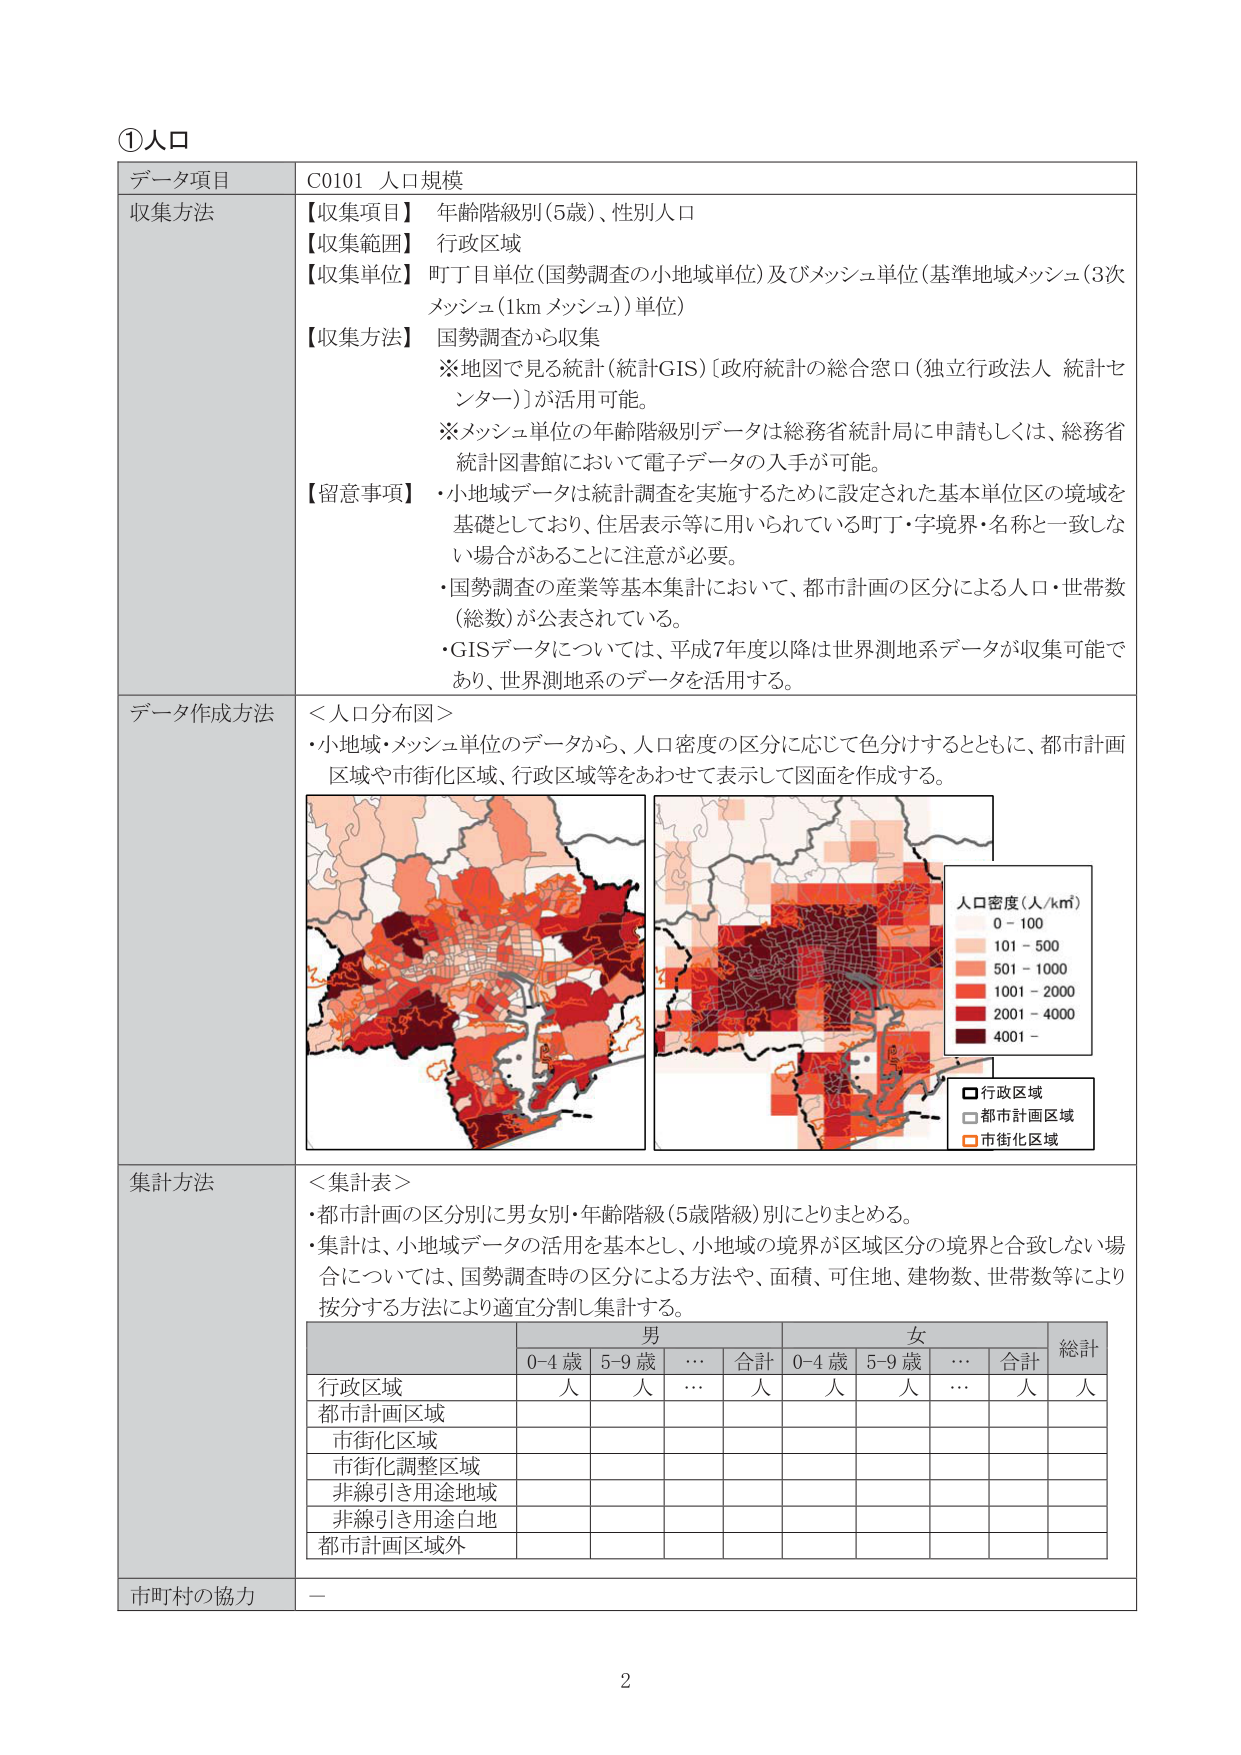
①人口
データ項目　C0101 人口規模
収集方法
【収集項目】 年齢階級別（5歳）、性別人口
【収集範囲】 行政区域
【収集単位】 町丁目単位（国勢調査の小地域単位）及びメッシュ単位（基準地域メッシュ（3次メッシュ（1km メッシュ））単位）
【収集方法】 国勢調査から収集
※地図で見る統計（統計GIS）〔政府統計の総合窓口（独立行政法人 統計センター）〕が活用可能。
※メッシュ単位の年齢階級別データは総務省統計局に申請もしくは、総務省統計図書館において電子データの入手が可能。
【留意事項】
・小地域データは統計調査を実施するために設定された基本単位区の境界を基礎としており、住居表示等に用いられている町丁・字境界・名称と一致しない場合があることに注意が必要。
・国勢調査の産業等基本集計において、都市計画の区分による人口・世帯数（総数）が公表されている。
・GISデータについては、平成7年度以降は世界測地系データが収集可能であり、世界測地系のデータを活用する。

データ作成方法
＜人口分布図＞
・小地域・メッシュ単位のデータから、人口密度の区分に応じて色分けするとともに、都市計画区域や市街化区域、行政区域等をあわせて表示して図面を作成する。

人口密度（人/km²）
0 - 100
101 - 500
501 - 1000
1001 - 2000
2001 - 4000
4001 -

□ 行政区域
□ 都市計画区域
□ 市街化区域

集計方法
＜集計表＞
・都市計画の区分別に男女別・年齢階級（5歳階級）別にとりまとめる。
・集計は、小地域データの活用を基本とし、小地域の境界が区域区分の境界と合致しない場合については、国勢調査時の区分による方法や、面積、可住地、建物数、世帯数等により按分する方法により適宜分割し集計する。

男　　　　　　　　　　　　　　　　女　　　　　　　　　　　　　　　　総計
　　　　　　0-4歳　　5-9歳　　…　　合計　　0-4歳　　5-9歳　　…　　合計
行政区域　　　　　人　　　人　　　…　　人　　　人　　　人　　　…　　人　　　人
都市計画区域
市街化区域
市街化調整区域
非線引き用途地域
非線引き用途白地
都市計画区域外

市町村の協力　－

2